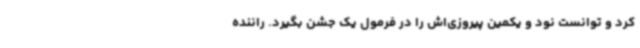
کرد و توانست نود و یکمین پیروزی‌اش را در فرمول یک جشن بگیرد. راننده